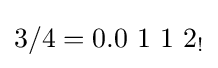
3/4=0.0\ 1\ 1\ 2_{!}